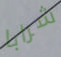
شرابا